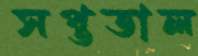
সপ্ততাল